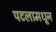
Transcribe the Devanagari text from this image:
पटलामधून